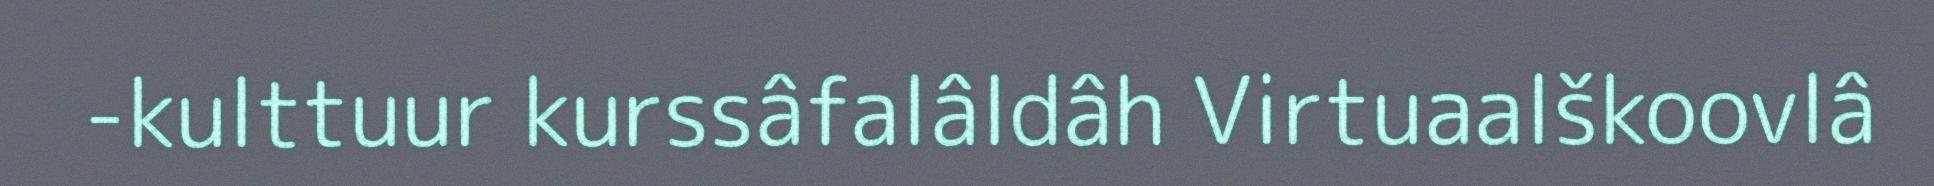
-kulttuur kurssâfalâldâh Virtuaalškoovlâ